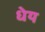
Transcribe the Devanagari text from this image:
धेय